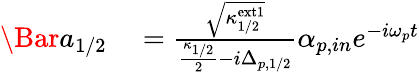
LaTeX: \begin{array}{rl}{\Bar{a}_{1/2}}&{{}=\frac{\sqrt{\kappa_{1/2}^{\mathrm{ext1}}}}{\frac{\kappa_{1/2}}{2}-i\Delta_{p,1/2}}\alpha_{p,in}e^{-i\omega_{p}t}}\end{array}